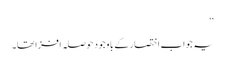
‘‘
یہ جواب اختصار کے باوجود حوصلہ افزا تھا۔